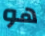
هو